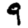
Digit: 9